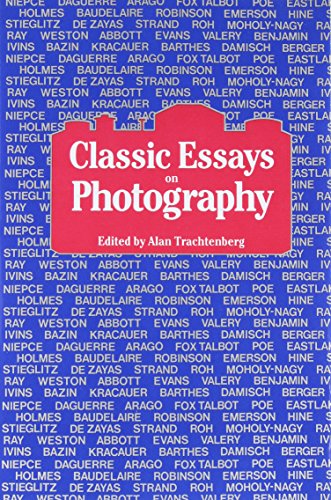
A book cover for Classic Essays on Photography; Arts & Photography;